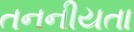
તનનીયતા